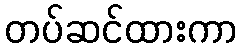
တပ်ဆင်ထားကာ